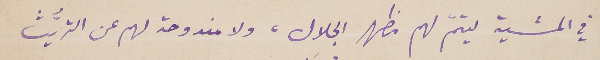
في المشية ليتمّ لهم مظهر الجلال، ولا مندوحة لهم عن التريُّث